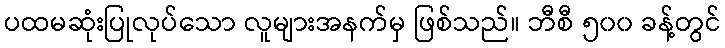
ပထမဆုံးပြုလုပ်သော လူများအနက်မှ ဖြစ်သည်။ ဘီစီ ၅၀၀ ခန့်တွင်